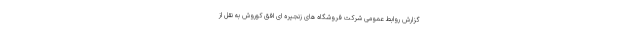
گزارش روابط عمومی شرکت فروشگاه های زنجیره ای افق کوروش به نقل از